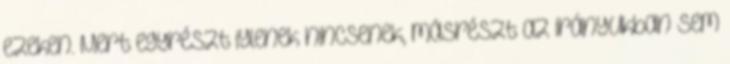
ezeken. Mert egyrészt iylenek nincsenek, másrészt az irányukban sem